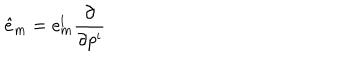
LaTeX: \hat { e } _ { \mathrm { m } } = e _ { \mathrm { m } } ^ { \mathrm { i } } { \frac { \partial } { \partial p ^ { \mathrm { i } } } }